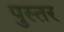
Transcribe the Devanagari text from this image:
पुस्तर